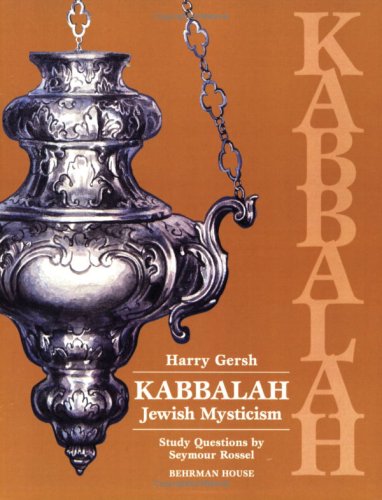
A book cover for Kabbalah (Primary Source Series); Harry Gersh; Teen & Young Adult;